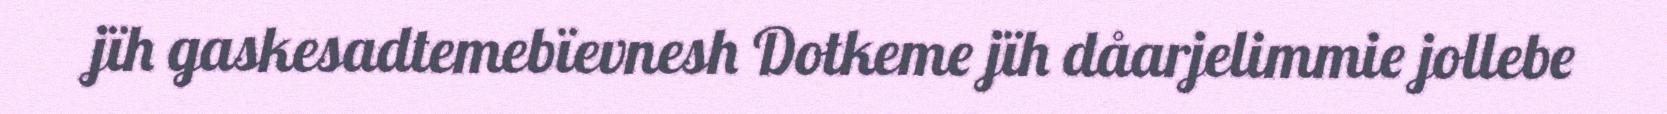
jïh gaskesadtemebïevnesh Dotkeme jïh dåarjelimmie jollebe